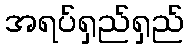
အရပ်ရှည်ရှည်